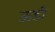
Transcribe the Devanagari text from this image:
ऊडी